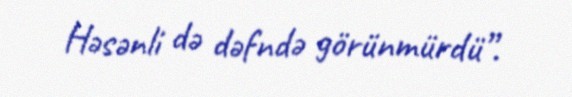
Həsənli də dəfndə görünmürdü”.